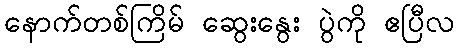
နောက်တစ်ကြိမ် ဆွေးနွေး ပွဲကို ဧပြီလ